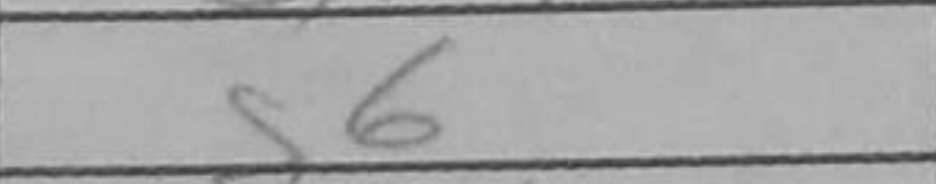
Transcription: g6